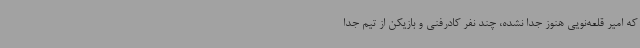
که امیر قلعه‌نویی هنوز جدا نشده، چند نفر کادرفنی و بازیکن از تیم جدا